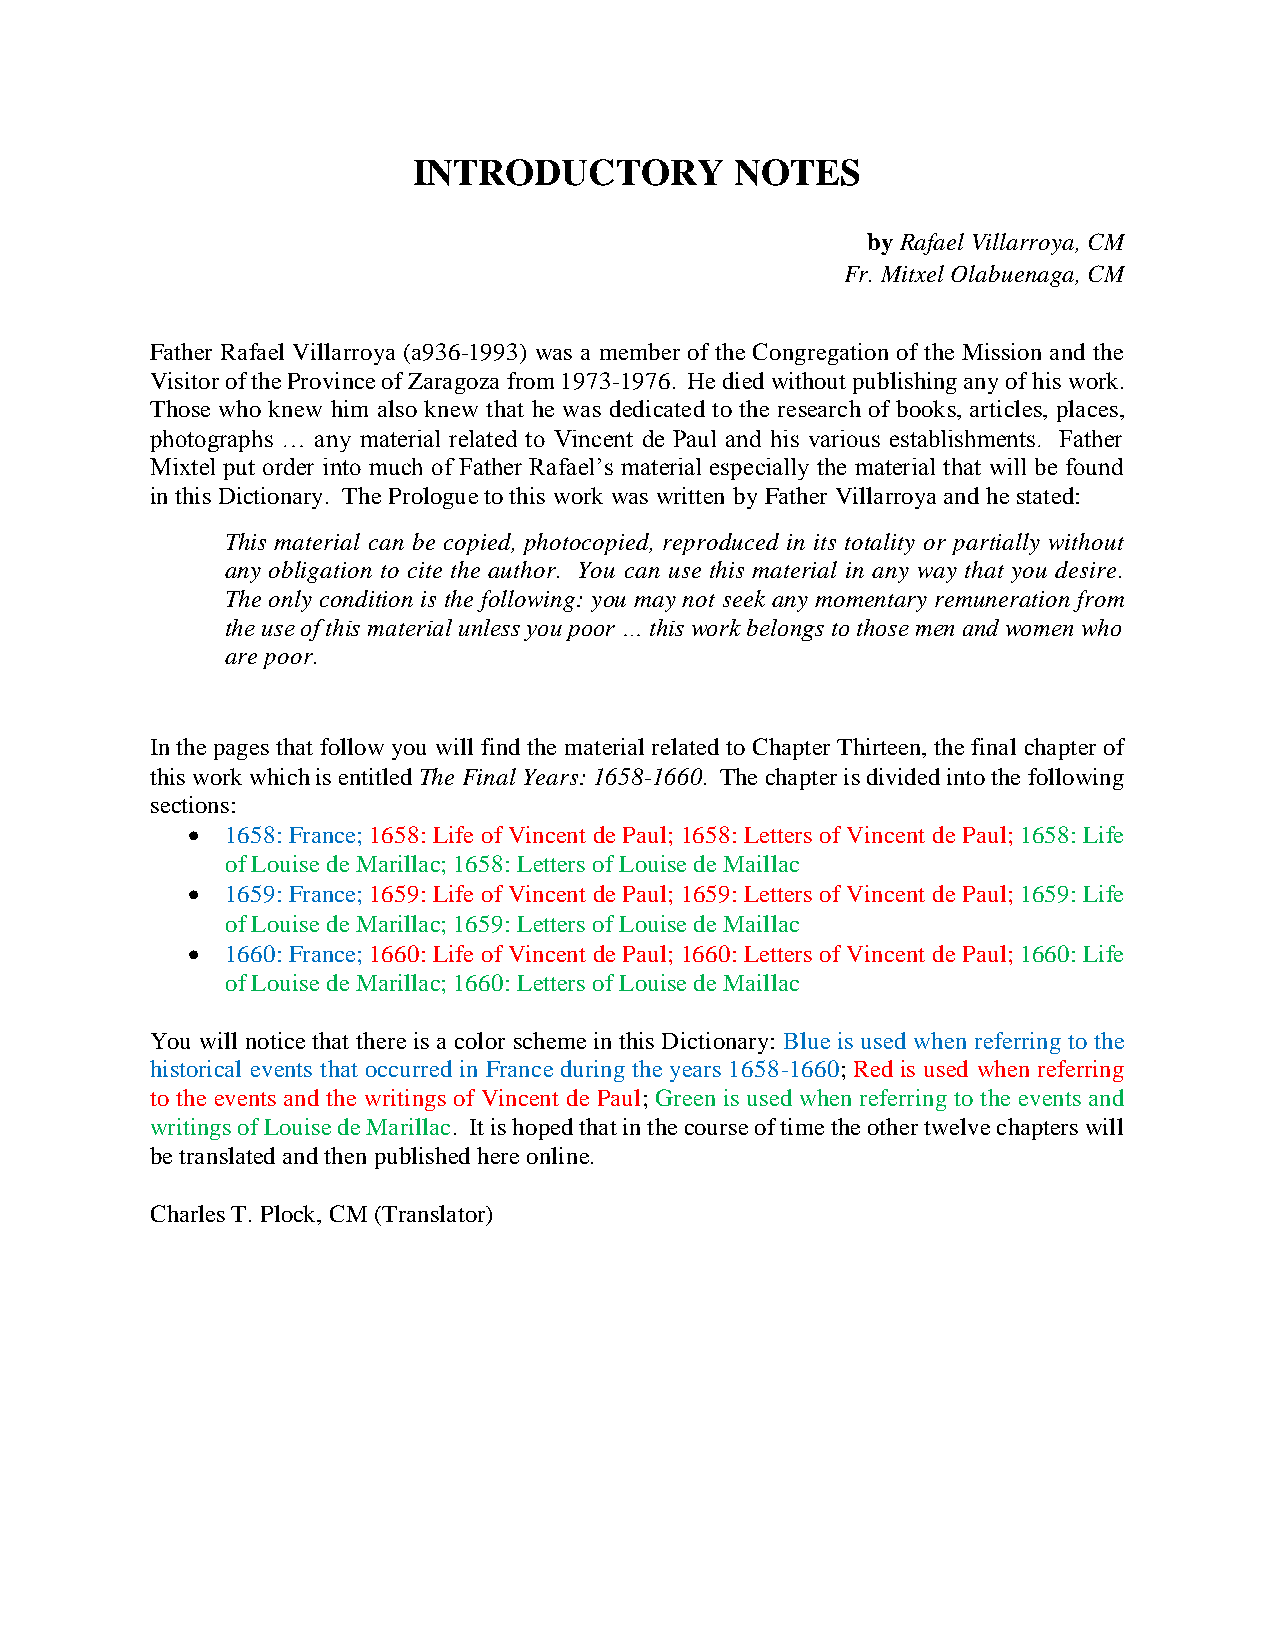
INTRODUCTORY          NOTES
 by Rafael Villarroya, CM
 Fr. Mitxel Olabuenaga, CM
 Father Rafael Villarroya (a936-1993) was a member of the Congregation of the Mission and the
 Visitor of the Province of Zaragoza from 1973-1976. He died without publishing any of his work.
 Those who knew him also knew that he was dedicated to the research of books, articles, places,
 photographs … any material related to Vincent de Paul and his various establishments. Father
 Mixtel put order into much of Father Rafael’s material especially the material that will be found
 in this Dictionary. The Prologue to this work was written by Father Villarroya and he stated:
 This material can be copied, photocopied, reproduced in its totality or partially without
 any obligation to cite the author. You can use this material in any way that you desire.
 The only condition is the following: you may not seek any momentary remuneration from
 the use of this material unless you poor … this work belongs to those men and women who
 are poor.
 In the pages that follow you will find the material related to Chapter Thirteen, the final chapter of
 this work which is entitled The Final Years: 1658-1660. The chapter is divided into the following
 sections:
   1658: France; 1658: Life of Vincent de Paul; 1658: Letters of Vincent de Paul; 1658: Life
 of Louise de Marillac; 1658: Letters of Louise de Maillac
   1659: France; 1659: Life of Vincent de Paul; 1659: Letters of Vincent de Paul; 1659: Life
 of Louise de Marillac; 1659: Letters of Louise de Maillac
   1660: France; 1660: Life of Vincent de Paul; 1660: Letters of Vincent de Paul; 1660: Life
 of Louise de Marillac; 1660: Letters of Louise de Maillac
 You will notice that there is a color scheme in this Dictionary: Blue is used when referring to the
 historical events that occurred in France during the years 1658-1660; Red is used when referring
 to the events and the writings of Vincent de Paul; Green is used when referring to the events and
 writings of Louise de Marillac. It is hoped that in the course of time the other twelve chapters will
 be translated and then published here online.
 Charles T. Plock, CM (Translator)